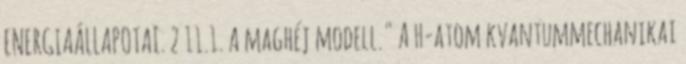
ENERGIAÁLLAPOTAI. 2 11.1. A maghéj modell." A H-atom kvantummechanikai